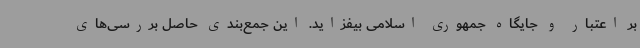
بر اعتبار و جایگاه جمهوری اسلامی بیفزاید. این جمع‌بندی حاصل بررسی‌های